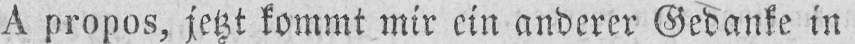
A propos, jetzt kommt mir ein anderer Gedanke in